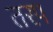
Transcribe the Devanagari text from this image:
तरप